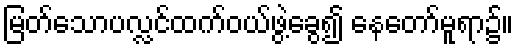
မြတ်သောပလ္လင်ထက်ဝယ်ဖွဲ့ခွေ၍ နေတော်မူရာ၌။